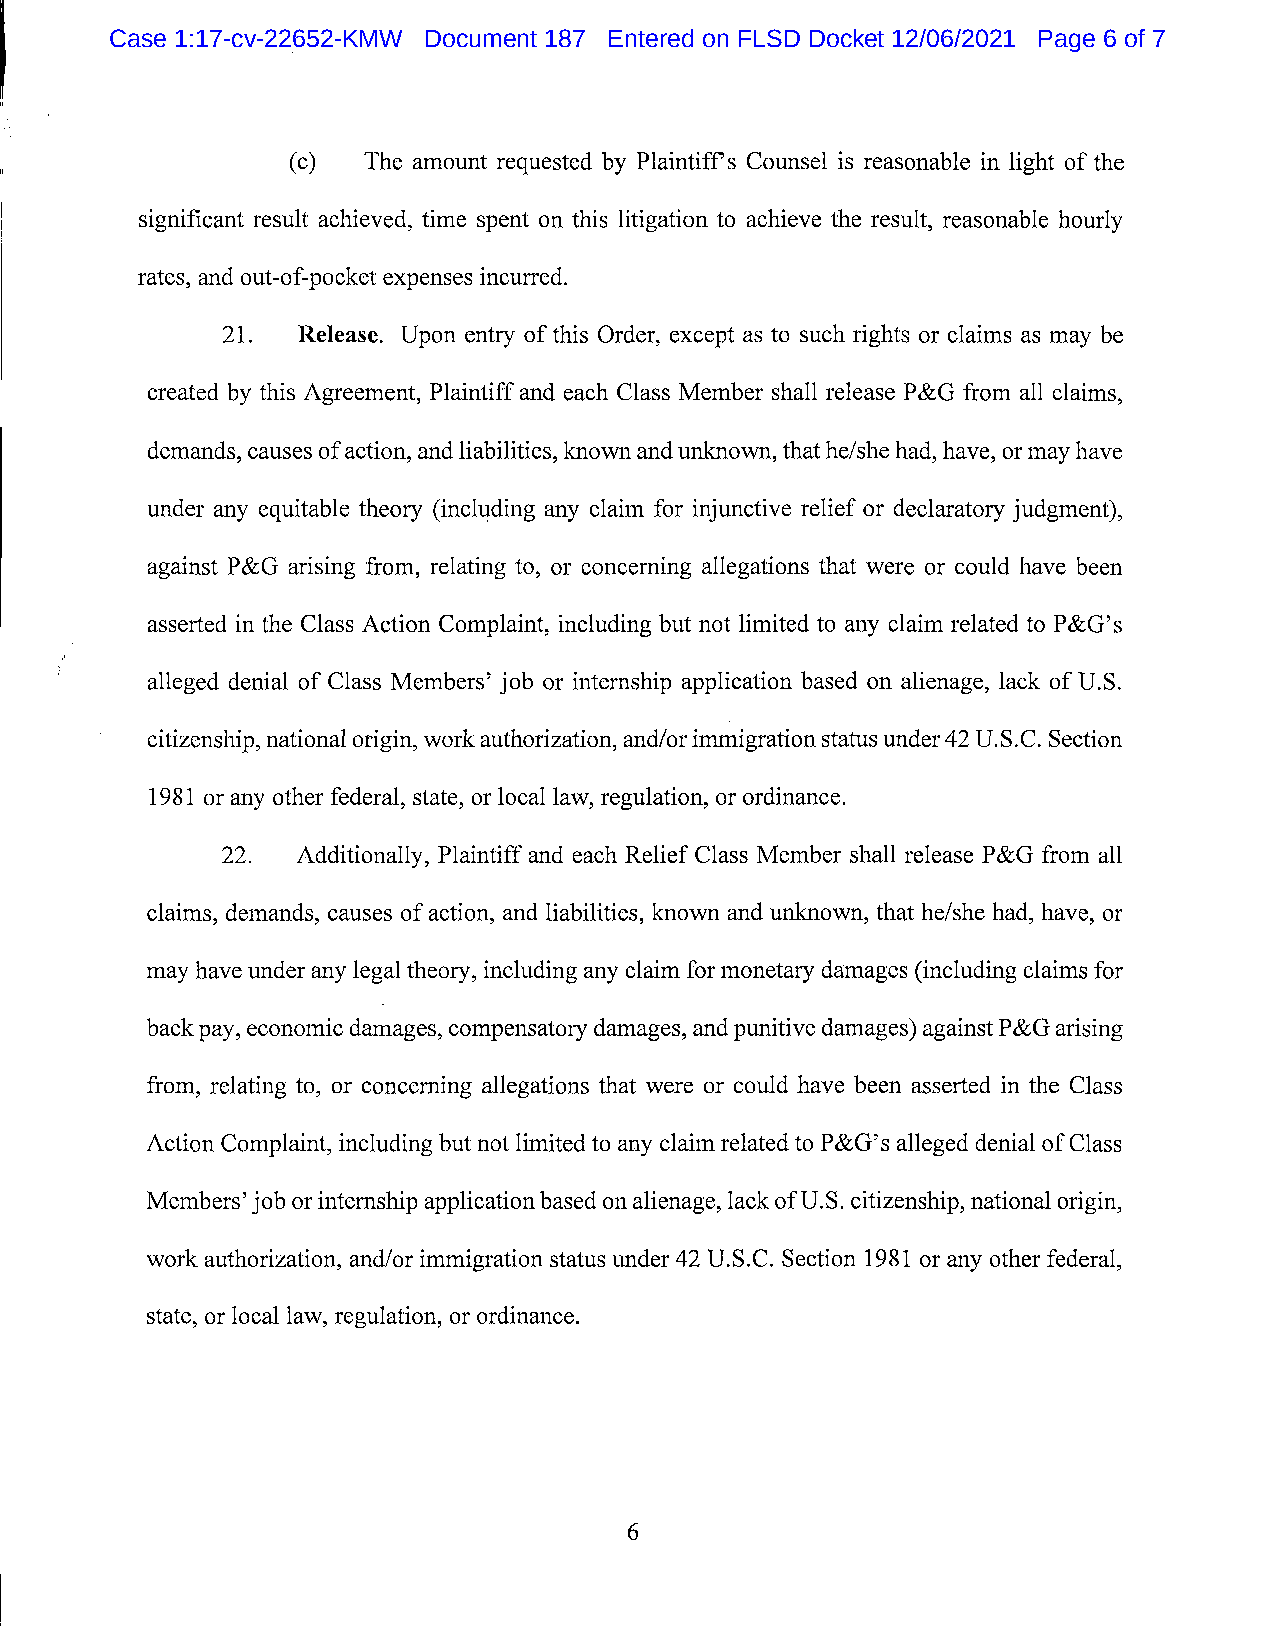
Case 1:17-cv-22652-KMW Document 187 Entered on FLSD Docket 12/06/2021 Page 6 of 7
 The amount requested by Plaintiff's Counsel is reasonable in light of the
 significant result achieved, time spent on this litigation to achieve the result, reasonable hourly
 rates, and out-of-pocket expenses incurred.
 21.  Release. Upon entry of this Order, except as to such rights or claims as may be
 created by this Agreement, Plaintiff and each Class Member shall release P&G from all claims,
 demands, causes of action, and liabilities, known and unknown, that he/she had, have, or may have
 under any equitable theory (incltlding any claim for injunctive relief or declaratory judgment),
 against P&G arising from, relating to, or concerning allegations that were or could have been
 asseded in the Class Action Complaint, including but not limited to any claim related to P&G's
 alleged denial of Class Members' job or internship application based on alienage, lack of U.S.
 citizenship, national origin, work authorization, and/or immigration status under 42 U.S.C. Section
 198 1 or any other federal, state, or local law, regulation, or ordinance.
 22.  Additionally, Plaintiff and each Relief Class M ember shall release P&G from a1l
 claims, demands, causes of action, and liabilities, known and unknown, that he/she had, have, or
 may have under any legal theozy, including any claim for monetary damages (including claims for
 back pay, economic damages, compensatory damages, and punitive damages) against P&G arising
 from, relating to, or concerning allegations that were or could have been asserted in the Class
 Action Complaint, including but not limited to any claim related to P&G's alleged denial of Class
 Members' job or internship application based on alienage, lack of U.S. citizenship, national origin,
 work authorization, and/or immigration status under 42 U.S.C. Section 198 1 or any other federal,
 state, or local law, regulation, or ordinance.